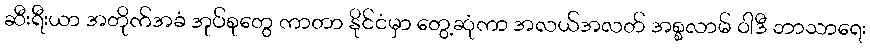
ဆီးရီးယာ အတိုက်အခံ အုပ်စုတွေ ကာတာ နိုင်ငံမှာ တွေ့ဆုံကာ အလယ်အလတ် အစ္စလာမ် ဝါဒီ ဘာသာရေး